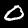
Label: 0